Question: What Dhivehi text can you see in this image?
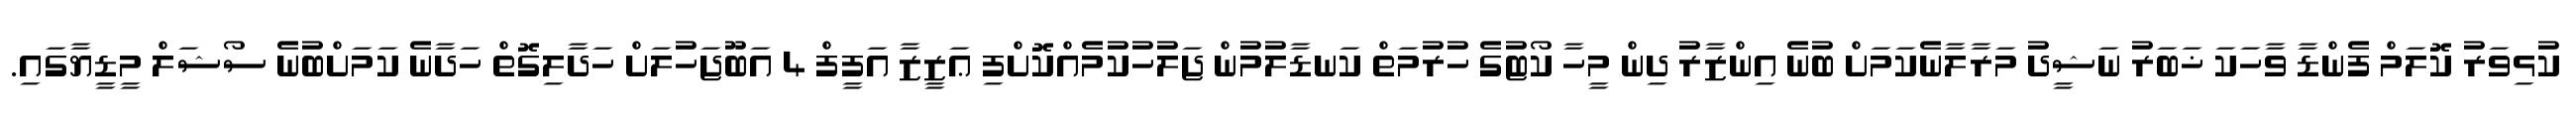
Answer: ކުޅިވަރު ކޮލަމް ފެންޑާ ވާހަކަ ޚަބަރު ނަޝީދު މަރާލާނެކަމަށް ބުނެ އިންޒާރު ދިން މީހާ ކޯޓުގެ ހުރުމަތް ކަނޑާލުމުން ޖަލުހުކުމެއްކޮށްފި ޢަޒީޒާ އަފީފް 4 އަބޫޖަހުލަށް ހަދާލިގޮތް ހަދާނެ ކަމަށްބުނެ ސޯޝަލް މީޑީޔާގައި.